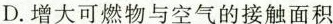
D.增大可燃物与空气的接触面积